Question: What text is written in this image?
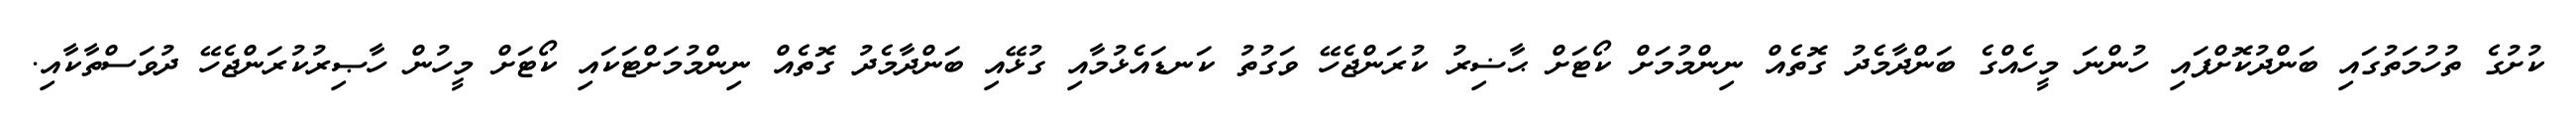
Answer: ކުށުގެ ތުހުމަތުގައި ބަންދުކޮށްފައި ހުންނަ މީހެއްގެ ބަންދާމެދު ގޮތެއް ނިންމުމަށް ކޯޓަށް ޙާޟިރު ކުރަންޖެހޭ ވަގުތު ކަނޑައެޅުމާއި ގުޅޭއި ބަންދާމެދު ގޮތެއް ނިންމުމަށްޓަކައި ކޯޓަށް މީހުން ހާޞިރުކުރަންޖެހޭ ދުވަސްތާކާއި.